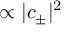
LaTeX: \propto | c _ { \pm } | ^ { 2 }